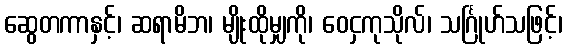
ဆွေတကာနှင့်၊ ဆရာမိဘ၊ မျိုးထိုမျှကို၊ ဝေငှကုသိုလ်၊ သင်္ဂြုဟ်သဖြင့်၊